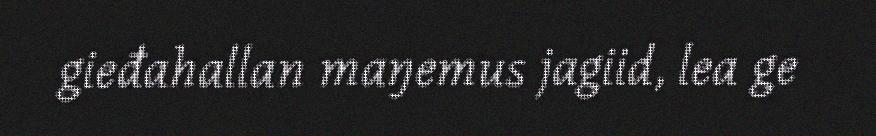
gieđahallan maŋemus jagiid, lea ge